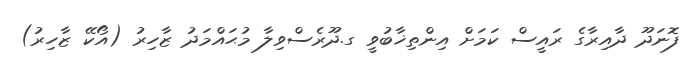
ފޮނަދޫ ދާއިރާގެ ރައީސް ކަމަށް އިންތިޚާބުވީ ގ.ދޫރެސްވިލާ މުޙައްމަދު ޒާހިރު (އޯކޭ ޒާހިރު)